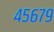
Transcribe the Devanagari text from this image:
४५६७९